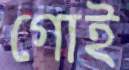
গোই